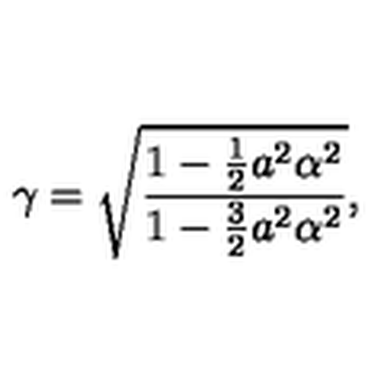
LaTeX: \gamma = \sqrt { \frac { 1 - \frac 1 2 { a ^ { 2 } \alpha ^ { 2 } } } { 1 - \frac { 3 } { 2 } a ^ { 2 } \alpha ^ { 2 } } } ,